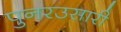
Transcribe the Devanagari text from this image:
पुनरउसारी